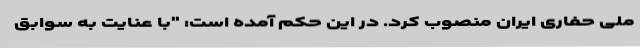
ملی حفاری ایران منصوب کرد. در این حکم آمده است: "با عنایت به سوابق